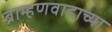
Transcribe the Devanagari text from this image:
ब्राम्हणवादाच्या